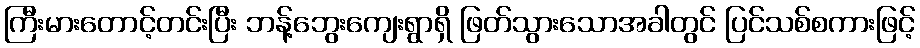
ကြီးမားတောင့်တင်းပြီး ဘန့်ဘွေးကျေးရွာရှိ ဖြတ်သွားသောအခါတွင် ပြင်သစ်စကားဖြင့်